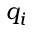
q _ { i }